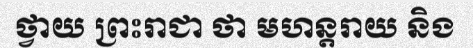
ថ្វាយ ព្រះរាជា ថា មហន្តរាយ និង